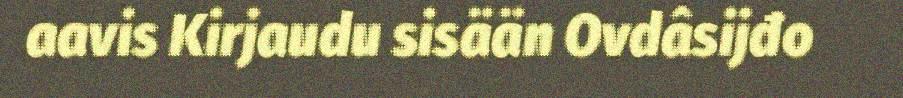
aavis Kirjaudu sisään Ovdâsijđo